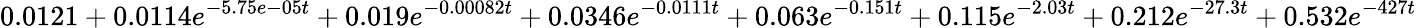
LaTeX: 0.0121+0.0114e^{-5.75e-05t}+0.019e^{-0.00082t}+0.0346e^{-0.0111t}+0.063e^{-0.151t}+0.115e^{-2.03t}+0.212e^{-27.3t}+0.532e^{-427t}